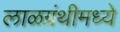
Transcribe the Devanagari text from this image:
लाळग्रंथीमध्ये